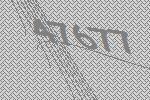
47677